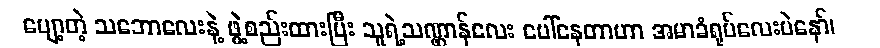
ပျော့တဲ့ သဘောလေးနဲ့ ဖွဲ့စည်းထားပြီး သူရဲ့သဏ္ဌာန်လေး ပေါ်နေတာဟာ အမာခံရုပ်လေးပဲနော်၊